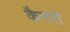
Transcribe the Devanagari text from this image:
कैमरो